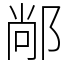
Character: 䣊